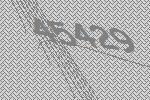
45429